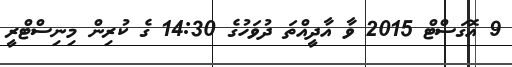
9 އޮގަސްޓް 2015 ވާ އާދީއްތަ ދުވަހުގެ 14:30 ގެ ކުރިން މިނިސްޓްރީ